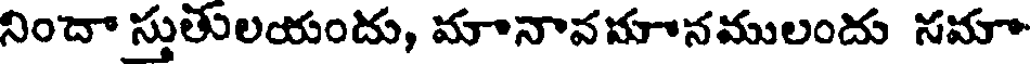
నిందా స్తుతులయందు, మానావమానములందు సమా